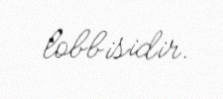
lobbisidir.